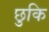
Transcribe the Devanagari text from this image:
छुकि